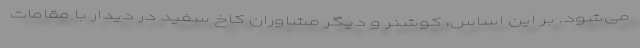
می‌شود. بر این اساس، کوشنر و دیگر مشاوران کاخ سفید در دیدار با مقامات